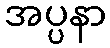
အပ္ပနာ